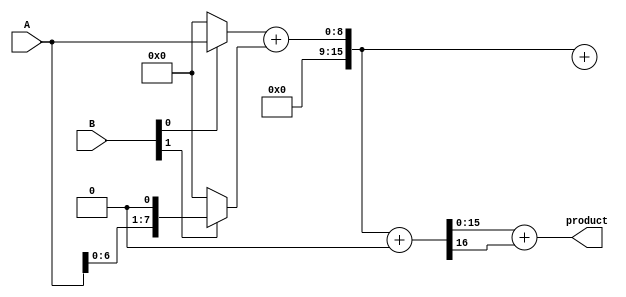
module adaptive_wallace_tree_multiplier #(parameter A_WIDTH = 8, B_WIDTH = 8, P_WIDTH = A_WIDTH + B_WIDTH) (
    input [A_WIDTH-1:0] A,
    input [B_WIDTH-1:0] B,
    output reg [P_WIDTH-1:0] product
);

    // Generate partial products
    wire [A_WIDTH-1:0] pp [0:B_WIDTH-1]; // Partial products

    genvar i;
    generate
        for (i = 0; i < B_WIDTH; i = i + 1) begin : pp_gen
            assign pp[i] = (B[i]) ? A << i : {A_WIDTH{1'b0}};
        end
    endgenerate

    // Wallace tree reduction
    wire [A_WIDTH + B_WIDTH - 1:0] sum [0:2 * B_WIDTH - 1]; // Intermediate sums
    wire [A_WIDTH + B_WIDTH - 1:0] carry [0:2 * B_WIDTH - 1]; // Intermediate carries

    // Level 1: Grouping partial products using CSA
    generate
        for (i = 0; i < B_WIDTH; i = i + 2) begin : CSA_level1
            wire [A_WIDTH-1:0] a1 = pp[i];
            wire [A_WIDTH-1:0] a2 = (i + 1 < B_WIDTH) ? pp[i + 1] : {A_WIDTH{1'b0}};
            // Perform carry-save addition
            assign {carry[i], sum[i]} = a1 + a2; 
        end
    endgenerate
    
    // Level 2: Further reduction using CSA
    generate
        for (i = 0; i < (B_WIDTH + 1) / 2; i = i + 2) begin : CSA_level2
            wire [A_WIDTH + B_WIDTH - 1:0] a1 = sum[i];
            wire [A_WIDTH + B_WIDTH - 1:0] a2 = (i + 1 < (B_WIDTH + 1) / 2) ? sum[i + 1] : {A_WIDTH + B_WIDTH{1'b0}};
            // Perform carry-save addition
            assign {carry[i], sum[i]} = a1 + a2; 
        end
    endgenerate

    // Final CPA stage
    wire [A_WIDTH + B_WIDTH - 1:0] final_sum;
    wire final_carry;

    // Final carry-propagate adder (simple ripple carry adder)
    assign {final_carry, final_sum} = sum[0] + (B_WIDTH % 2 ? sum[(B_WIDTH + 1) / 2] : {A_WIDTH + B_WIDTH{1'b0}});

    // Assign final product
    always @(*) begin
        product = final_sum + final_carry; // Final product computation
    end

endmodule